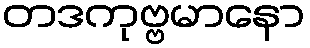
တဒကုဗ္ဗမာနော